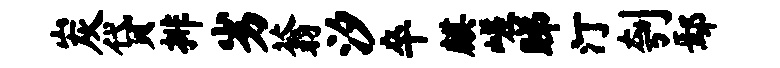
炭贷排劣蓊汐卒麒嵯睇汀刳鄢